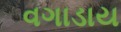
વગાડાય